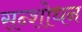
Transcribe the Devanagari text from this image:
सन्शोधन